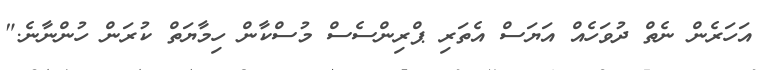
އަހަރެން ނެތް ދުވަހެއް އަޔަސް އެތަރި ޕްރިންސެސް މުސްކާން ހިމާޔަތް ކުރަން ހުންނާނެ."